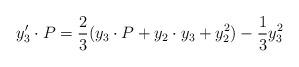
LaTeX: \begin{align*}y'_3 \cdot P = {2 \over 3} (y_3 \cdot P + y_2 \cdot y_3 + y_2 ^2 ) - {1 \over 3} y_3 ^2 \end{align*}